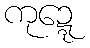
ကုဍ္ဍေ